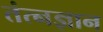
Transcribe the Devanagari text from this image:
तंत्नज्ञान